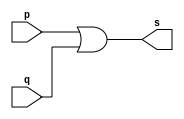
// ------------------------- 
// Exemplo0004 - OR
// Nome: Pedro Henrique Vilar Locatelli 
// ------------------------- 
// ------------------------- 
// -- or gate 
// ------------------------- 
module orgate ( output s, 
input p, q); 
assign s = p | q; 
endmodule // orgate 
// --------------------- 
// -- test or gate 
// --------------------- 
module testorgate; 
// ------------------------- dados locais 
reg a, b; // definir registradores 
wire s; // definir conexao (fio) 
// ------------------------- instancia 
orgate OR1 (s, a, b); 
// ------------------------- preparacao 
initial begin:start 
// atribuicao simultanea 
// dos valores iniciais 
a=0; b=0; 
end 
// ------------------------- parte principal 
initial begin 
$display("Exemplo0004 - Pedro Henrique Vilar Locatelli  - 427453"); 
$display("Test OR gate"); 
$display("\na & b = s\n"); 
a=0; b=0; 
#1 $display("%b & %b = %b", a, b, s); 
a=0; b=1; 
#1 $display("%b & %b = %b", a, b, s); 
a=1; b=0; 
#1 $display("%b & %b = %b", a, b, s); 
a=1; b=1; 
#1 $display("%b & %b = %b", a, b, s); 
end 
endmodule // testorgate